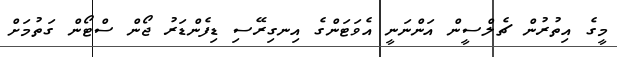
މީގެ އިތުރުން ޗެލްސީން އަންނަނީ އެވަޓަންގެ އިނގިރޭސި ޑިފެންޑަރު ޖޯން ސްޓޯން ގަތުމަށް